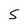
Character: S